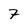
Character: 7